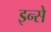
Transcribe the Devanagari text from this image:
इन्से